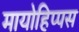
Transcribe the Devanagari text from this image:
मायोहिप्पस